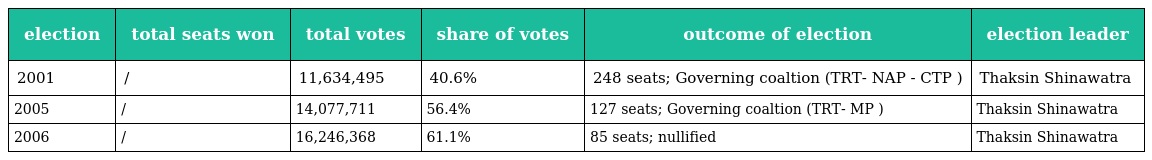
| election | total seats won | total votes | share of votes | outcome of election | election leader |
 | --- | --- | --- | --- | --- | --- |
 | 2001 | / | 11,634,495 | 40.6% | 248 seats; Governing coaltion (TRT- NAP - CTP ) | Thaksin Shinawatra |
 | 2005 | / | 14,077,711 | 56.4% | 127 seats; Governing coaltion (TRT- MP ) | Thaksin Shinawatra |
 | 2006 | / | 16,246,368 | 61.1% | 85 seats; nullified | Thaksin Shinawatra |